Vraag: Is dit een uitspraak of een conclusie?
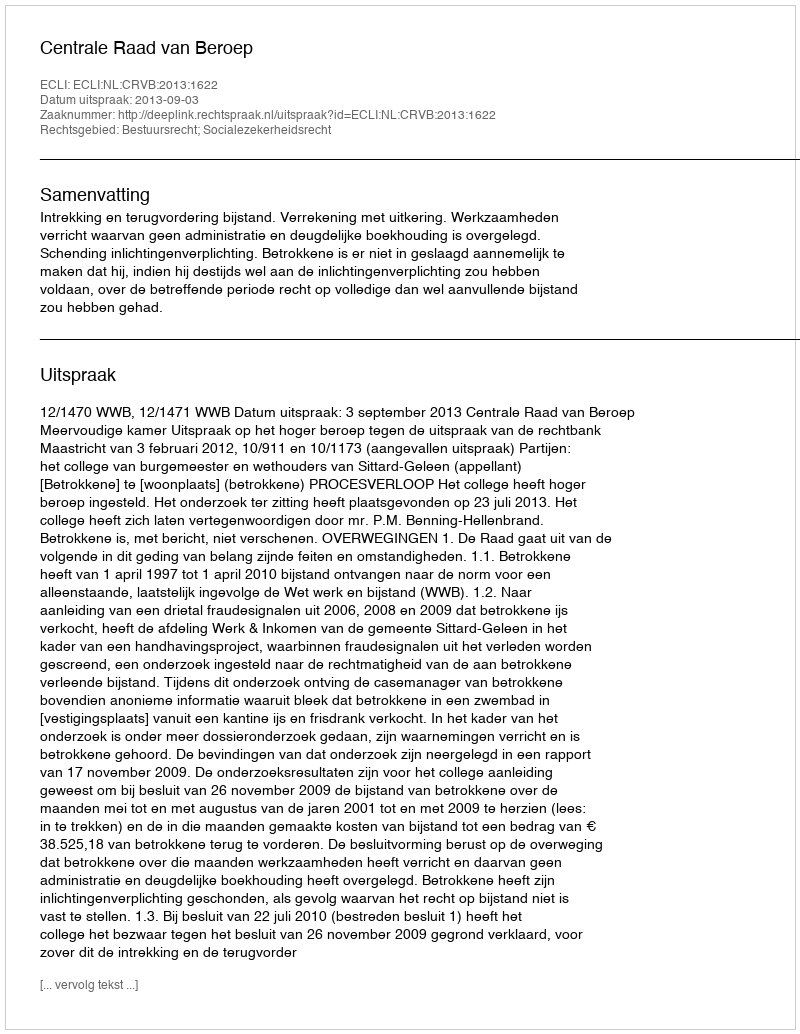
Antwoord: Uitspraak